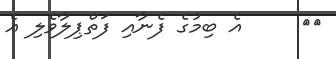
٣١     އެ ބިމުގެ ފެނާއި ފަތްޕިލާވެލި އެ